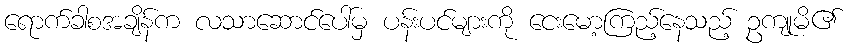
ရောက်ခါစအချိန်က လသာဆောင်ပေါ်မှ ပန်းပင်များကို ငေးမော့ကြည့်နေသည့် ဥကျုမိ၏